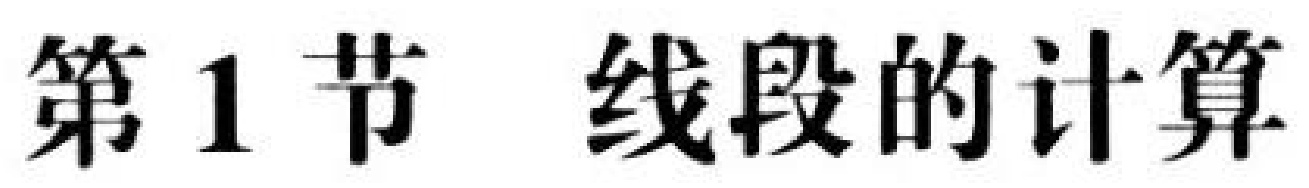
第 1 节 线段的计算